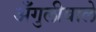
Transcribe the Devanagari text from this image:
अँगुलीवाले